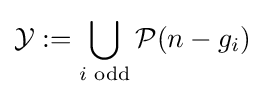
{\mathcal {Y}}:=\bigcup _{i{\text{ odd}}}{\mathcal {P}}(n-g_{i})